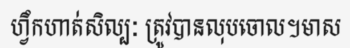
ហ្វឹកហាត់សិល្បៈ ត្រូវបានលុបចោល។មាស